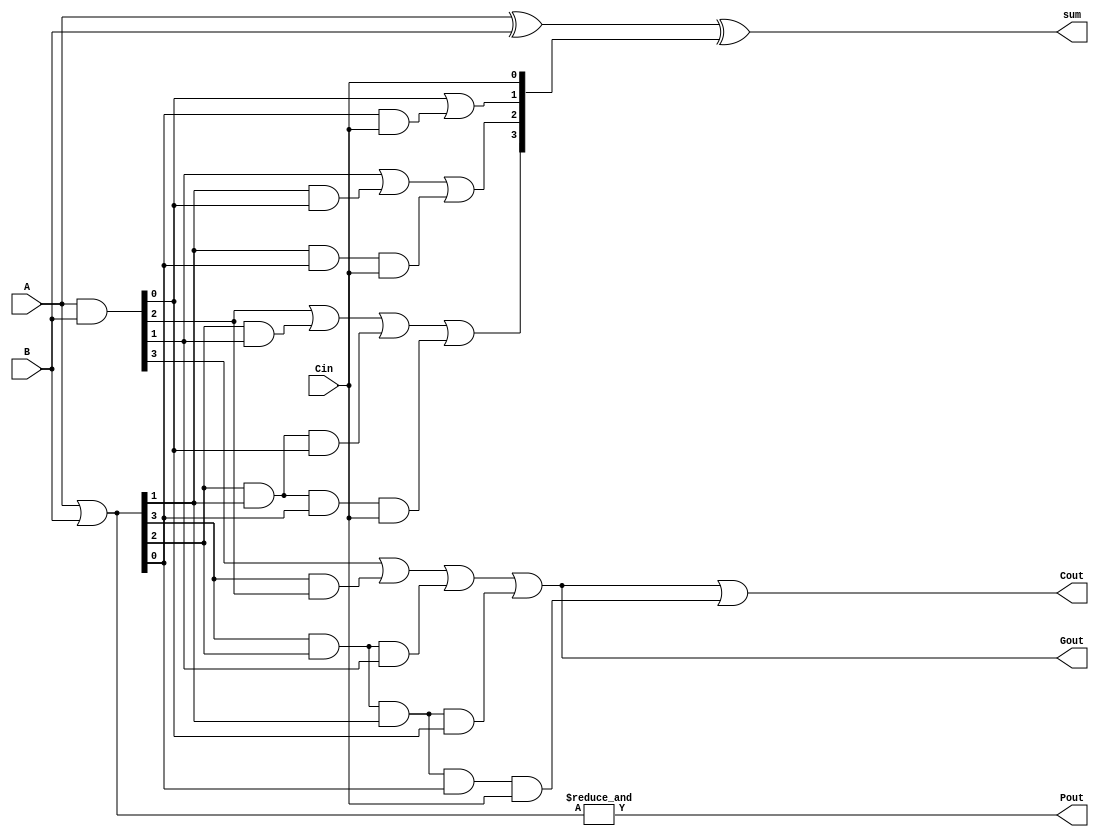
module cla_4(A, B, Cin, sum, Cout, Pout, Gout);

  input [3:0] A, B;
  input Cin;


  output [3:0] sum;
  output Cout, Pout, Gout;


  wire [3:0] C, P, G;


  assign P = A | B;
  assign Pout = &P;
  assign G = A & B;
  assign Gout = G[3] | (P[3] & G[2]) | (P[3] & P[2] & G[1]) | (P[3] & P[2] & P[1] & G[0]);


  assign C[0] = Cin;
  assign C[1] = G[0] | (P[0] & C[0]);
  assign C[2] = G[1] | (P[1] & G[0]) | (P[1] & P[0] & C[0]);
  assign C[3] = G[2] | (P[2] & G[1]) | (P[2] & P[1] & G[0]) | (P[2] & P[1] & P[0] & C[0]);
  assign Cout = G[3] | (P[3] & G[2]) | (P[3] & P[2] & G[1]) | (P[3] & P[2] & P[1] & G[0]) | (P[3] & P[2] & P[1] & P[0] & C[0]);


  assign sum = A ^ B ^ C;

endmodule